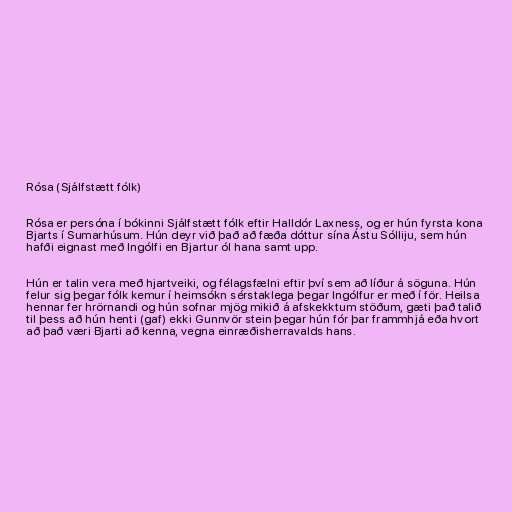
Rósa (Sjálfstætt fólk)

Rósa er persóna í bókinni Sjálfstætt fólk eftir Halldór Laxness, og er hún fyrsta kona
Bjarts í Sumarhúsum. Hún deyr við það að fæða dóttur sína Ástu Sólliju, sem hún
hafði eignast með Ingólfi en Bjartur ól hana samt upp.

Hún er talin vera með hjartveiki, og félagsfælni eftir því sem að líður á söguna. Hún
felur sig þegar fólk kemur í heimsókn sérstaklega þegar Ingólfur er með í för. Heilsa
hennar fer hrörnandi og hún sofnar mjög mikið á afskekktum stöðum, gæti það talið
til þess að hún henti (gaf) ekki Gunnvör stein þegar hún fór þar frammhjá eða hvort
að það væri Bjarti að kenna, vegna einræðisherravalds hans.